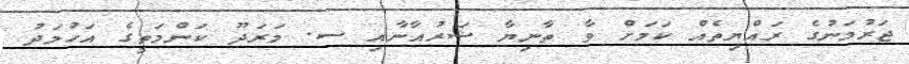
ޖަރުމަނުގެ ރައްޔިތެއް ކަމަށް ވާ ތާނިޔާ ޝަރުއާނާއި ސ. މަރަދޫ ކަންމަތީގެ އަހުމަދު